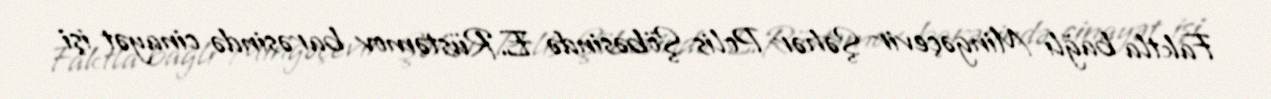
Faktla bağlı Mingəçevir Şəhər Polis Şöbəsində E.Rüstəmov barəsində cinayət işi